Annual report on the Civil Veterinary Department, Burma (including the Insein Veterinary School) - 1932-1941
Year: 1932
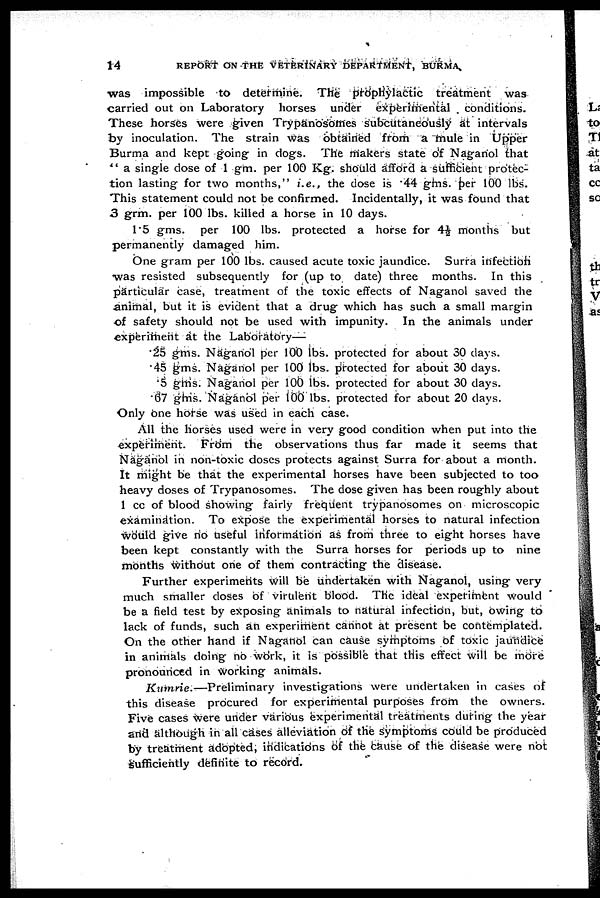
14
REPORT ON THE VETERINARY DEPARTMENT, BURMA
was impossible to determine. The prophylactic treatment was
carried out on Laboratory horses under experimental conditions.
These horses were given Trypanosomes subcutaneously at intervals
by inoculation. The strain was obtained from a mule in Upper
Burma and kept going in dogs. The makers state of Naganol that
" a single dose of 1 gm. per 100 Kg. should afford a sufficient protec-
tion lasting for two months," i.e., the dose is 44 gms. per 100 lbs.
This statement could not be confirmed. Incidentally, it was found that
3 grm. per 100 lbs. killed a horse in 10 days.
1.5 gms. per 100 lbs. protected a horse for 4½ months but
permanently damaged him.
One gram per 100 lbs. caused acute toxic jaundice. Surra infection
was resisted subsequently for (up to date) three months. In this
particular case, treatment of the toxic effects of Naganol saved the
animal, but it is evident that a drug which has such a small margin
of safety should not be used with impunity. In the animals under
experiment at the Laboratory—
25 gms.
45 gms.
.5 gms.
67 gms.
Naganol per
Naganol per
Naganol per
Naganol per
100 lbs.
100 lbs.
100 lbs.
100 lbs.
protected for about 30 days.
protected for about 30 days.
protected for about 30 days.
protected for about 20 clays.
Only one horse was used in each case.
All the horses used were in very good condition when put into the
experiment. From the observations thus far made it seems that
Naganol in non-toxic doses protects against Surra for about a month.
It might be that the experimental horses have been subjected to too
heavy doses of Trypanosomes. The dose given has been roughly about
1 cc of blood showing fairly frequent trypanosomes on microscopic
examination. To expose the experimental horses to natural infection
would give no useful information as from three to eight horses have
been kept constantly with the Surra horses for periods up to nine
months without one of them contracting the disease.
Further experiments will be undertaken with Naganol, using very
much smaller doses of virulent blood. The ideal experiment would
be a field test by exposing animals to natural infection, but, owing to
lack of funds, such an experiment cannot at present be contemplated.
On the other hand if Naganol can cause symptoms of toxic jaundice
in animals doing no work, it is possible that this effect will be more
pronounced in working animals.
Kumrie.—Preliminary
investigations were undertaken in cases of
this disease procured for experimental purposes from the owners.
Five cases were under various experimental treatments during the year
and although in all cases alleviation of the symptoms could be produced
by treatment adopted, indications of the cause of the disease were not
sufficiently definite to record.